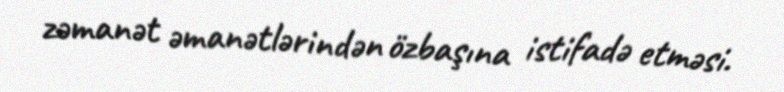
zəmanət əmanətlərindən özbaşına istifadə etməsi.